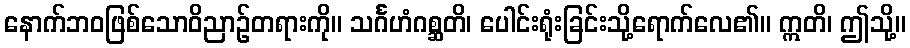
နောက်ဘဝဖြစ်သောဝိညာဉ်တရားကို။ သင်္ဂဟံဂစ္ဆတိ၊ ပေါင်းရုံးခြင်းသို့ရောက်လေ၏။ ဣတိ၊ ဤသို့။